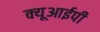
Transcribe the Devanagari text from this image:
क्यूआईपी